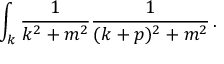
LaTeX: \int _ { k } { \frac { 1 } { k ^ { 2 } + m ^ { 2 } } } { \frac { 1 } { ( k + p ) ^ { 2 } + m ^ { 2 } } } \, .